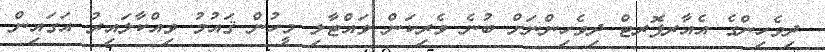
ދިވެހިންގެ އެއާރޕޮރޓް ދިވެހިންނަށް ބުނެ ވެރިކަން ވައްޓާލި މީހުން ޤައުމު ވިއްކާލައިރު އަގައިން